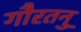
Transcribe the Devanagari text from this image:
गौरतनु